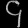
Digit: ၄